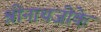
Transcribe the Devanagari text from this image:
श्रीनाथजीके